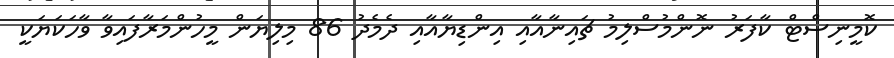
ކޮމީނިސްޓް ކާފަރު ނޮންމުސްލިމު ޗައިނާއާއި އިންޑިޔާއާއި ދެމެދު 86 މިލިޔަން މީހުންމަރާފައިވާ ވާހަކަޔަކީ